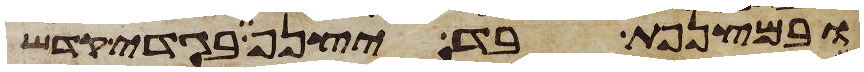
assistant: ובמצנפת בד יצנף בגדי קדש